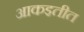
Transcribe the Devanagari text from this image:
आकइतीत